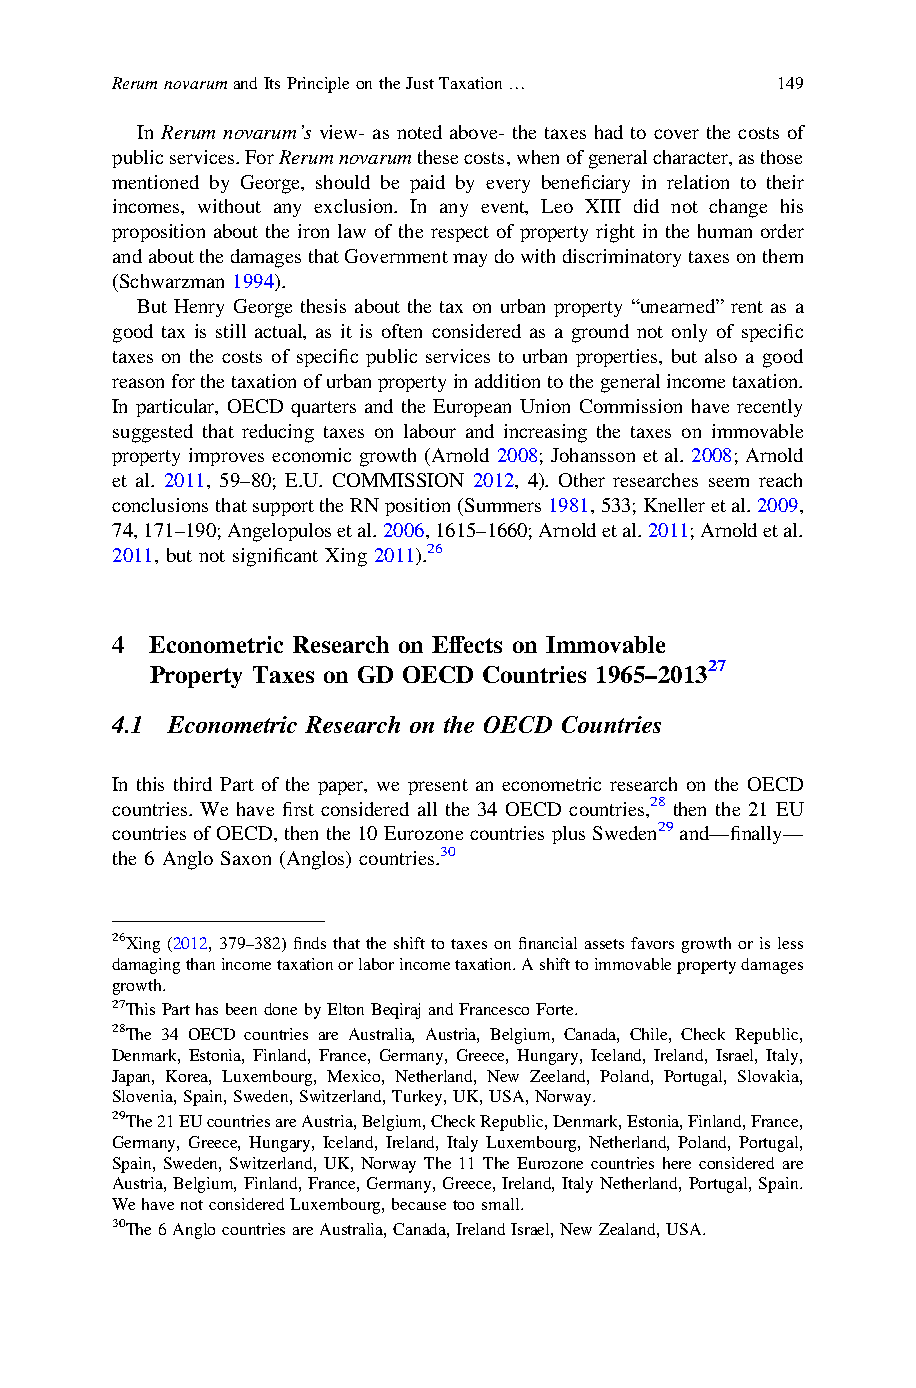
RerumnovarumandItsPrincipleontheJustTaxation… 149
 In Rerum novarum’s view- as noted above- the taxes had to cover the costs of
 publicservices.ForRerumnovarumthesecosts,whenofgeneralcharacter,asthose
 mentioned by George, should be paid by every beneficiary in relation to their
 incomes, without any exclusion. In any event, Leo XIII did not change his
 proposition about the iron law of the respect of property right in the human order
 andaboutthedamagesthatGovernmentmaydowithdiscriminatorytaxesonthem
 (Schwarzman 1994).
 But Henry George thesis about the tax on urban property “unearned” rent as a
 good tax is still actual, as it is often considered as a ground not only of specific
 taxes on the costs of specific public services to urban properties, but also a good
 reasonforthetaxationofurbanpropertyinadditiontothegeneralincometaxation.
 In particular, OECD quarters and the European Union Commission have recently
 suggested that reducing taxes on labour and increasing the taxes on immovable
 property improves economic growth (Arnold 2008; Johansson et al. 2008; Arnold
 et al. 2011, 59–80; E.U. COMMISSION 2012, 4). Other researches seem reach
 conclusionsthatsupporttheRNposition(Summers1981,533;Knelleretal.2009,
 74,171–190;Angelopulosetal.2006,1615–1660;Arnoldetal.2011;Arnoldetal.
 2011, but not significant Xing 2011).26
 4  Econometric Research on Effects on Immovable
 Property Taxes on GD OECD Countries 1965–201327
 4.1 Econometric Research on the OECD Countries
 In this third Part of the paper, we present an econometric research on the OECD
 countries. We have first considered all the 34 OECD countries,28 then the 21 EU
 countriesofOECD,then the10Eurozone countries plusSweden29and—finally—
 the 6 Anglo Saxon (Anglos) countries.30
 26Xing (2012, 379–382) finds that the shift to taxes on financial assets favors growth or is less
 damagingthanincometaxationorlaborincometaxation.Ashifttoimmovablepropertydamages
 growth.
 27ThisParthasbeendonebyEltonBeqirajandFrancescoForte.
 28The 34 OECD countries are Australia, Austria, Belgium, Canada, Chile, Check Republic,
 Denmark, Estonia, Finland, France, Germany, Greece, Hungary, Iceland, Ireland, Israel, Italy,
 Japan, Korea, Luxembourg, Mexico, Netherland, New Zeeland, Poland, Portugal, Slovakia,
 Slovenia,Spain,Sweden,Switzerland,Turkey,UK,USA,Norway.
 29The21EUcountriesareAustria,Belgium,CheckRepublic,Denmark,Estonia,Finland,France,
 Germany, Greece, Hungary, Iceland, Ireland, Italy Luxembourg, Netherland, Poland, Portugal,
 Spain, Sweden, Switzerland, UK, Norway The 11 The Eurozone countries here considered are
 Austria, Belgium, Finland, France,Germany, Greece, Ireland, Italy Netherland, Portugal, Spain.
 WehavenotconsideredLuxembourg,becausetoosmall.
 30The6AnglocountriesareAustralia,Canada,IrelandIsrael,NewZealand,USA.